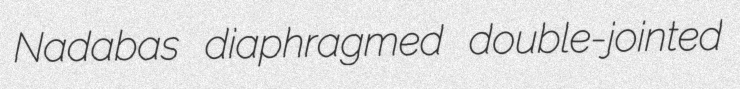
Nadabas diaphragmed double-jointed